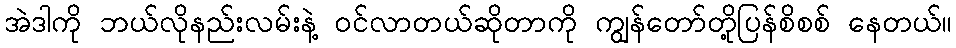
အဲဒါကို ဘယ်လိုနည်းလမ်းနဲ့ ဝင်လာတယ်ဆိုတာကို ကျွန်တော်တို့ပြန်စိစစ် နေတယ်။